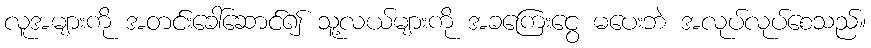
လူအများကို အတင်းခေါ်ဆောင်၍ သူ့လယ်များကို အခကြေးငွေ မပေးဘဲ အလုပ်လုပ်စေသည်။